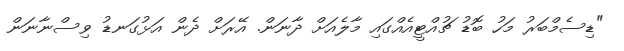
"ޑިސެމްބަރު މަހު ބޮޑު ޗުއްޓީއެއްގައި މާލެއަށް ދާނަން. އޭރަށް ދެން އަޅުގަނޑު ވިސްނާނަން